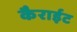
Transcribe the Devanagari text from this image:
कैराईट